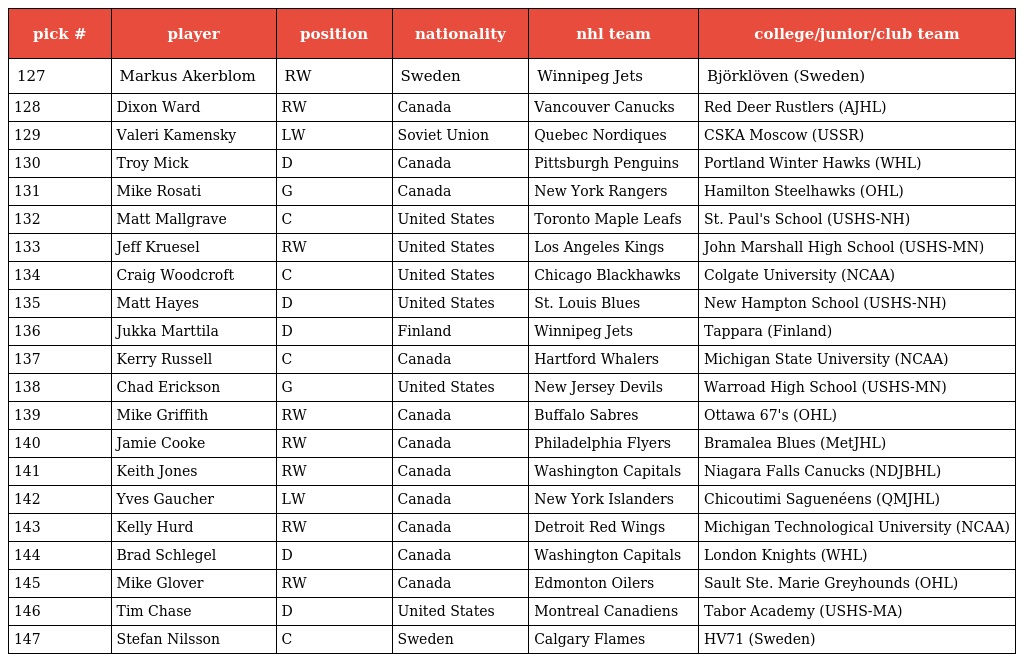
| pick # | player | position | nationality | nhl team | college/junior/club team |
 | --- | --- | --- | --- | --- | --- |
 | 127 | Markus Akerblom | RW | Sweden | Winnipeg Jets | Björklöven (Sweden) |
 | 128 | Dixon Ward | RW | Canada | Vancouver Canucks | Red Deer Rustlers (AJHL) |
 | 129 | Valeri Kamensky | LW | Soviet Union | Quebec Nordiques | CSKA Moscow (USSR) |
 | 130 | Troy Mick | D | Canada | Pittsburgh Penguins | Portland Winter Hawks (WHL) |
 | 131 | Mike Rosati | G | Canada | New York Rangers | Hamilton Steelhawks (OHL) |
 | 132 | Matt Mallgrave | C | United States | Toronto Maple Leafs | St. Paul's School (USHS-NH) |
 | 133 | Jeff Kruesel | RW | United States | Los Angeles Kings | John Marshall High School (USHS-MN) |
 | 134 | Craig Woodcroft | C | United States | Chicago Blackhawks | Colgate University (NCAA) |
 | 135 | Matt Hayes | D | United States | St. Louis Blues | New Hampton School (USHS-NH) |
 | 136 | Jukka Marttila | D | Finland | Winnipeg Jets | Tappara (Finland) |
 | 137 | Kerry Russell | C | Canada | Hartford Whalers | Michigan State University (NCAA) |
 | 138 | Chad Erickson | G | United States | New Jersey Devils | Warroad High School (USHS-MN) |
 | 139 | Mike Griffith | RW | Canada | Buffalo Sabres | Ottawa 67's (OHL) |
 | 140 | Jamie Cooke | RW | Canada | Philadelphia Flyers | Bramalea Blues (MetJHL) |
 | 141 | Keith Jones | RW | Canada | Washington Capitals | Niagara Falls Canucks (NDJBHL) |
 | 142 | Yves Gaucher | LW | Canada | New York Islanders | Chicoutimi Saguenéens (QMJHL) |
 | 143 | Kelly Hurd | RW | Canada | Detroit Red Wings | Michigan Technological University (NCAA) |
 | 144 | Brad Schlegel | D | Canada | Washington Capitals | London Knights (WHL) |
 | 145 | Mike Glover | RW | Canada | Edmonton Oilers | Sault Ste. Marie Greyhounds (OHL) |
 | 146 | Tim Chase | D | United States | Montreal Canadiens | Tabor Academy (USHS-MA) |
 | 147 | Stefan Nilsson | C | Sweden | Calgary Flames | HV71 (Sweden) |